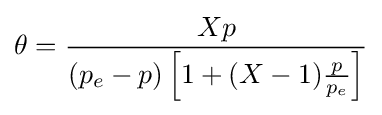
\theta ={Xp \over (p_{e}-p)\left[1+(X-1){p \over p_{e}}\right]}